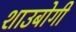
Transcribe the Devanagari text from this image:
शाउबोगी